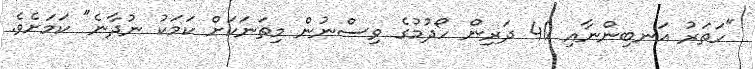
"ހަތަރު އަނބިންނާއި 40 ދަރިން ހޯދުމުގެ ވިސްނުން މިތަނަކަށް ކަމަކު ނުދާނެ" ކަމަށެވެ.